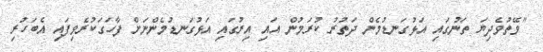
"ވޭތުވެދިޔަ ތަނުގައި އަޅުގަނޑުމެން ދަތުރު ކުރަމުން އައި އިރުގައި އަޅުގަނޑުމެންނަށް ފާހަގަކުރެވިފައި އެބަހުރި